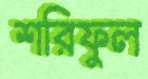
শরিফুল